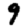
Digit: 9